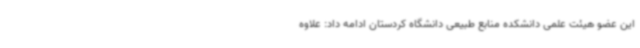
این عضو هیئت علمی دانشکده منابع طبیعی دانشگاه کردستان ادامه داد: علاوه